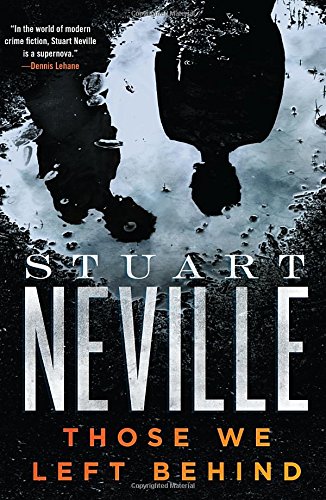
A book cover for Those We Left Behind (The Belfast Novels); Stuart Neville; Mystery, Thriller & Suspense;